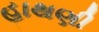
હાથણી